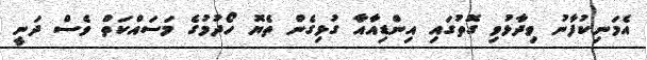
އެމަނިކުފާނު ވިދާޅުވި ގޮތުގައި އިންޑިއާއާ ގުޅިގެން ތެޔޮ ހޯދުމުގެ މަސައްކަތް ވެސް ދަނީ